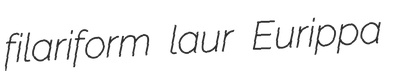
filariform laur Eurippa